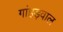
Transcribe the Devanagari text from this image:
गांहड़वाल